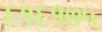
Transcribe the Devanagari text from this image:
६१६१७५